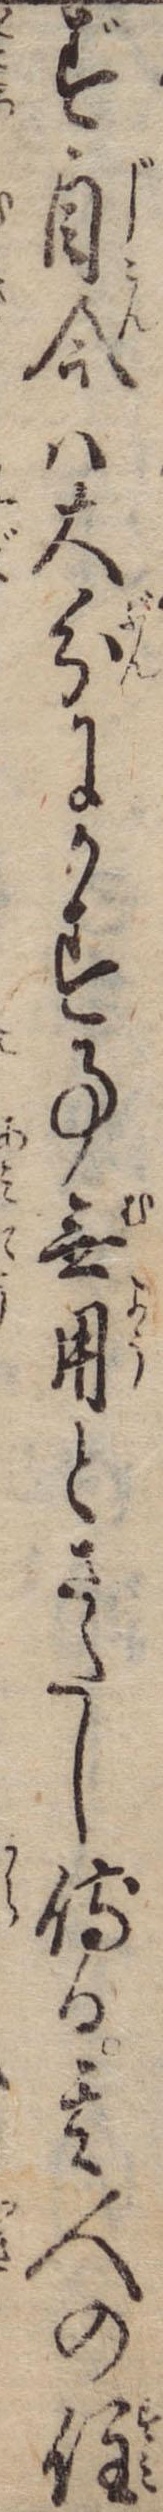
ず自今は大分にかす事無用とさたし侍る其人の住